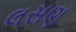
લસણ